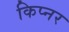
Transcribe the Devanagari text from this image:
किप्नर